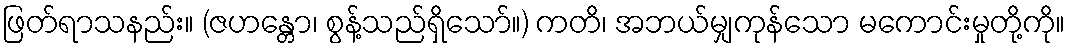
ဖြတ်ရာသနည်း။ (ဇဟန္တော၊ စွန့်သည်ရှိသော်။) ကတိ၊ အဘယ်မျှကုန်သော မကောင်းမှုတို့ကို။